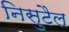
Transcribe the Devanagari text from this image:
निसुटैल